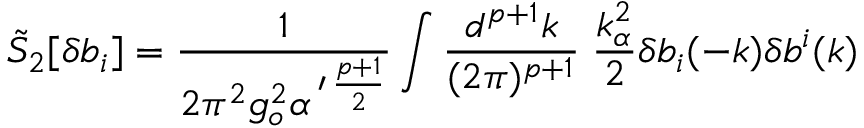
\tilde { S } _ { 2 } [ \delta b _ { i } ] = \frac { 1 } { 2 \pi ^ { 2 } g _ { o } ^ { 2 } \alpha ^ { \, \prime \, \frac { p + 1 } { 2 } } } \int \frac { d ^ { p + 1 } k } { ( 2 \pi ) ^ { p + 1 } } \; \frac { k _ { \alpha } ^ { 2 } } { 2 } \delta b _ { i } ( - k ) \delta b ^ { i } ( k )